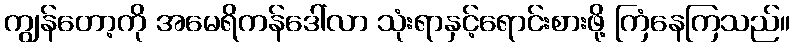
ကျွန်တော့ကို အမေရိကန်ဒေါ်လာ သုံးရာနှင့်ရောင်းစားဖို့ ကြံနေကြသည်။